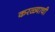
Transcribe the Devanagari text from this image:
करळ्याची